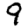
Digit: 9